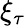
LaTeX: \xi_{\tau}